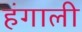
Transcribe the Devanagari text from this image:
हंगाली